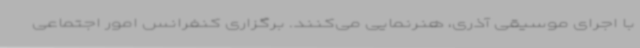
با اجرای موسیقی آذری، هنرنمایی می‌کنند. برگزاری کنفرانس امور اجتماعی